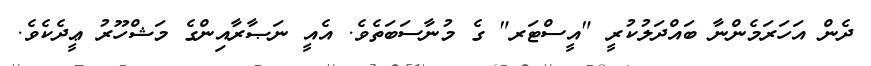
ދެން އަހަރަމެންނާ ބައްދަލުކުރީ "އީސްޓަރ" ގެ މުނާސަބަތެވެ. އެއީ ނަޞާރާއިންގެ މަޝްހޫރު ޢީދެކެވެ.